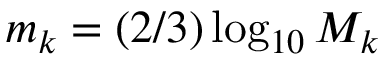
m _ { k } = ( 2 / 3 ) \log _ { 1 0 } M _ { k }